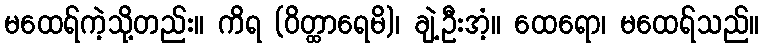
မထေရ်ကဲ့သို့တည်း။ ကိရ (ဝိတ္ထာရေမိ)၊ ချဲ့ဦးအံ့။ ထေရော၊ မထေရ်သည်။